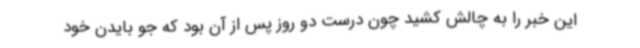
این خبر را به چالش کشید چون درست دو روز پس از آن بود که جو بایدن خود